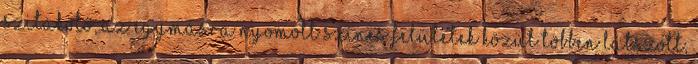
szitakötő, az egymásra nyomott színes felületek közül többen látszott,